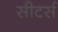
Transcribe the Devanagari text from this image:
सीटर्स